Scottish Leaving Certificate Examination, 1958
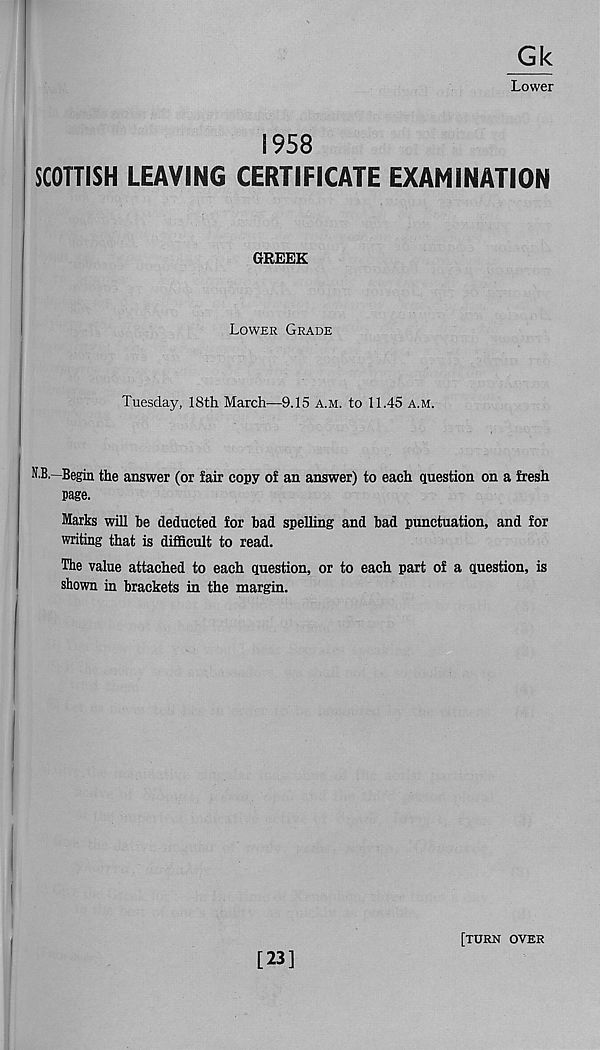
Gk
Lower
1958
SCOTTISH LEAVING CERTIFICATE EXAMINATION
GREEK
Lower Grade
Tuesday, 18th March—9.15 a.m. to 11.45 a.m.
N.B.—Begin the answer (or fair copy of an answer) to each question on a fresh
page.
Marks will he deducted for had spelling and had punctuation, and for
writing that is difficult to read.
The value attached to each question, or to each part of a question, is
shown in brackets in the margin.
[23]
[TURN OVER